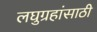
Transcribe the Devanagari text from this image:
लघुग्रहांसाठी